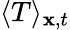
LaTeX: \langle T\rangle_{\mathbf{x},t}